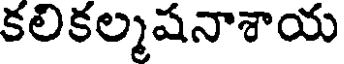
కలికల్మషనాశాయ